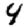
Digit: 4